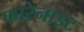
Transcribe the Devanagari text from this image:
फारेनाइट